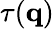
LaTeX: \mathbf{\tau}(\mathbf{q})